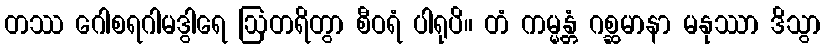
တဿ ဂေါစရဂါမဒွါရေ ဩတရိတွာ စီဝရံ ပါရုပိ။ တံ ကမ္မန္တံ ဂစ္ဆမာနာ မနုဿာ ဒိသွာ